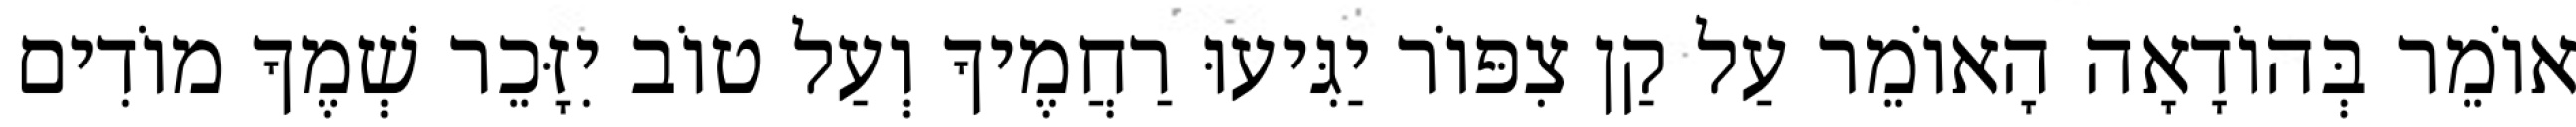
אוֹמֵר בְּהוֹדָאָה הָאוֹמֵר עַל קַן צִפּוֹר יַגִּיעוּ רַחֲמֶיךָ וְעַל טוֹב יִזָּכֵר שְׁמֶךָ מוֹדִים